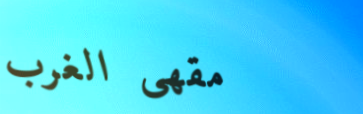
مقهى الغرب